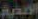
الأنمية